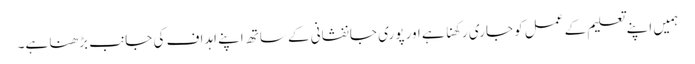
ہمیں اپنے تعلیم کے عمل کو جاری رکھنا ہے اور پوری جانفشانی کے ساتھ اپنے اہداف کی جانب بڑھنا ہے۔